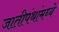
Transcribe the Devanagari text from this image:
जातीपंथांमध्ये